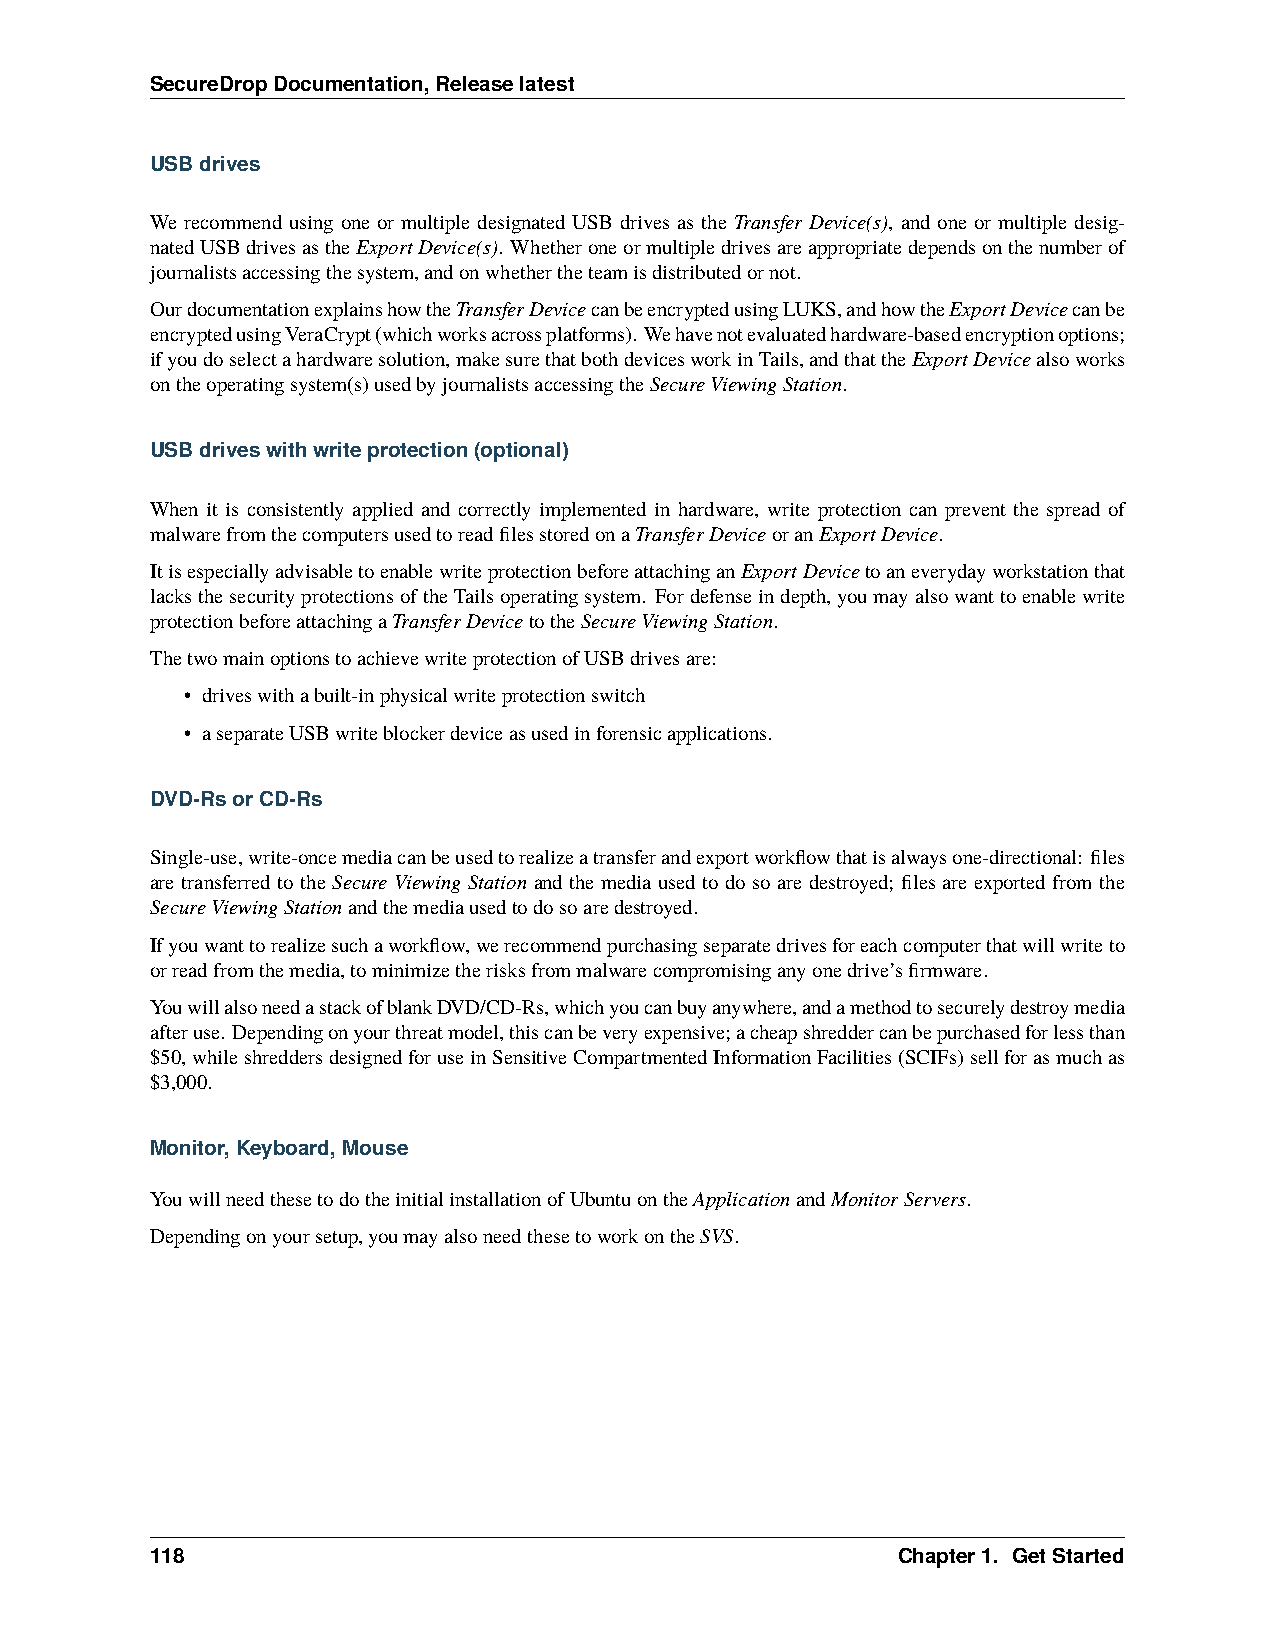
SecureDropDocumentation,Releaselatest
 USBdrives
 We recommend using one or multiple designated USB drives as the Transfer Device(s), and one or multiple desig-
 natedUSBdrivesastheExportDevice(s). Whetheroneormultipledrivesareappropriatedependsonthenumberof
 journalistsaccessingthesystem,andonwhethertheteamisdistributedornot.
 OurdocumentationexplainshowtheTransferDevicecanbeencryptedusingLUKS,andhowtheExportDevicecanbe
 encryptedusingVeraCrypt(whichworksacrossplatforms). Wehavenotevaluatedhardware-basedencryptionoptions;
 ifyoudoselectahardwaresolution,makesurethatbothdevicesworkinTails,andthattheExportDevicealsoworks
 ontheoperatingsystem(s)usedbyjournalistsaccessingtheSecureViewingStation.
 USBdriveswithwriteprotection(optional)
 When it is consistently applied and correctly implemented in hardware, write protection can prevent the spread of
 malwarefromthecomputersusedtoreadfilesstoredonaTransferDeviceoranExportDevice.
 ItisespeciallyadvisabletoenablewriteprotectionbeforeattachinganExportDevicetoaneverydayworkstationthat
 lacksthesecurityprotectionsoftheTailsoperatingsystem. Fordefenseindepth,youmayalsowanttoenablewrite
 protectionbeforeattachingaTransferDevicetotheSecureViewingStation.
 ThetwomainoptionstoachievewriteprotectionofUSBdrivesare:
 • driveswithabuilt-inphysicalwriteprotectionswitch
 • aseparateUSBwriteblockerdeviceasusedinforensicapplications.
 DVD-RsorCD-Rs
 Single-use,write-oncemediacanbeusedtorealizeatransferandexportworkflowthatisalwaysone-directional: files
 are transferred to the Secure Viewing Station and the media used to do so are destroyed; files are exported from the
 SecureViewingStationandthemediausedtodosoaredestroyed.
 Ifyouwanttorealizesuchaworkflow,werecommendpurchasingseparatedrivesforeachcomputerthatwillwriteto
 orreadfromthemedia,tominimizetherisksfrommalwarecompromisinganyonedrive’sfirmware.
 YouwillalsoneedastackofblankDVD/CD-Rs,whichyoucanbuyanywhere,andamethodtosecurelydestroymedia
 afteruse. Dependingonyourthreatmodel,thiscanbeveryexpensive;acheapshreddercanbepurchasedforlessthan
 $50,whileshreddersdesignedforuseinSensitiveCompartmentedInformationFacilities(SCIFs)sellforasmuchas
 $3,000.
 Monitor,Keyboard,Mouse
 YouwillneedthesetodotheinitialinstallationofUbuntuontheApplicationandMonitorServers.
 Dependingonyoursetup,youmayalsoneedthesetoworkontheSVS.
 118                                              Chapter1. GetStarted